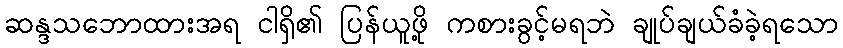
ဆန္ဒသဘောထားအရ ငါရှိ၏ ပြန်ယူဖို့ ကစားခွင့်မရဘဲ ချုပ်ချယ်ခံခဲ့ရသော